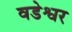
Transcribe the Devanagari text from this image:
वडेश्वर